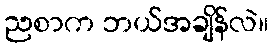
ညစာက ဘယ်အချိန်လဲ။